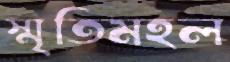
স্মৃতিমহল